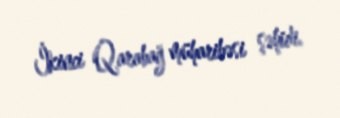
İkinci Qarabağ müharibəsi şəhidi.